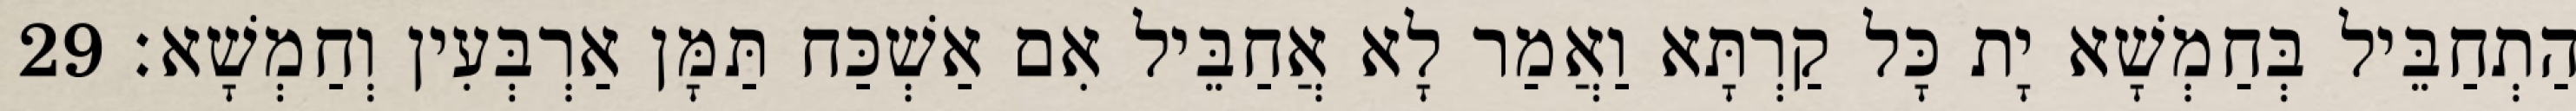
הַתְחַבֵּיל בְּחַמְשָׁא יָת כָּל קַרְתָּא וַאֲמַר לָא אֲחַבֵּיל אִם אַשְׁכַּח תַּמָּן אַרְבְּעִין וְחַמְשָׁא׃ 29